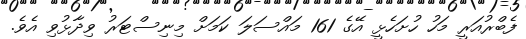
ފެބްރުއަރީ މަހު ހުށަހެޅީ އޭގެ 161 މައްސަލަ ކަމަށް މިނިސްޓަރު ވިދާޅުވި އެވެ.